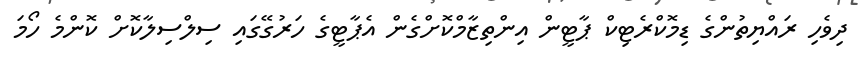
ދިވެހި ރައްޔިތުންގެ ޑިމޮކްރެޓިކް ޕާޓީން އިންތިޒާމްކޮށްގެން އެޕާޓީގެ ހަރުގޭގައި ސިލްސިލާކޮށް ކޮންމެ ހޯމަ